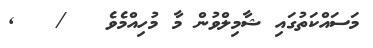
މަސައްކަތުގައި ޝާމިލްވުން މާ މުހިއްމެވެ   /